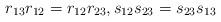
LaTeX: \begin{align*} r_{13}r_{12} = r_{12}r_{23}, s_{12}s_{23} = s_{23}s_{13} \end{align*}